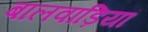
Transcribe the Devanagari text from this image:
बालवाड़ियां